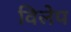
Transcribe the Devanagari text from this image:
विलेप